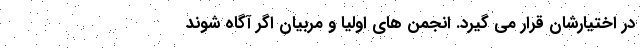
در اختیارشان قرار می گیرد. انجمن های اولیا و مربیان اگر آگاه شوند